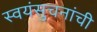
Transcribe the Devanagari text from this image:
स्वयंसुचनांची